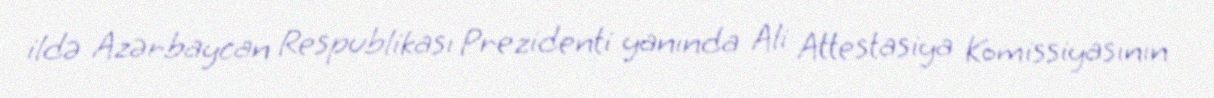
ildə Azərbaycan Respublikası Prezidenti yanında Ali Attestasiya Komissiyasının